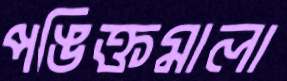
পঙিক্তমালা